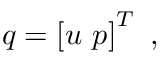
\boldsymbol { q } = \left[ \boldsymbol { u } ~ p \right] ^ { T } \mathrm { ~ , ~ }